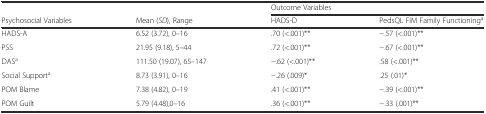
|  |  | <COLSPAN=2> Outcome Variables |
 | Psychosocial Variables | Mean (SD), Range | HADS-D | PedsQL FIM Family Functioninga |
 | --- | --- | --- | --- |
 | HADS-A | 6.52 (3.72), 0–16 | .70 (<.001)** | −.57 (<.001)** |
 | PSS | 21.95 (9.18), 5–44 | .72 (<.001)** | −.67 (<.001)** |
 | DASa | 111.50 (19.07), 65–147 | −.62 (<.001)** | .58 (<.001)** |
 | Social Supporta | 8.73 (3.91), 0–16 | −.26 (.009)* | .25 (.01)* |
 | POM Blame | 7.38 (4.82), 0–19 | .41 (<.001)** | −.39 (<.001)** |
 | POM Guilt | 5.79 (4.48),0–16 | .36 (<.001)** | −.33 (.001)** |